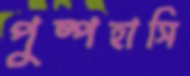
পুষ্পহাসি